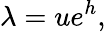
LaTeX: \lambda=ue^{h},